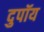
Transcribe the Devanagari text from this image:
दुपॉय